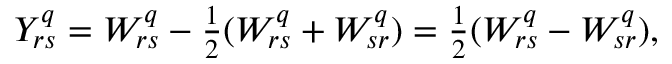
\begin{array} { r } { Y _ { r s } ^ { q } = W _ { r s } ^ { q } - \frac { 1 } { 2 } ( W _ { r s } ^ { q } + W _ { s r } ^ { q } ) = \frac { 1 } { 2 } ( W _ { r s } ^ { q } - W _ { s r } ^ { q } ) , } \end{array}